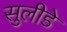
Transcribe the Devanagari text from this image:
सुलीडे